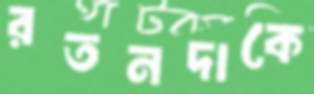
রতনদাকে